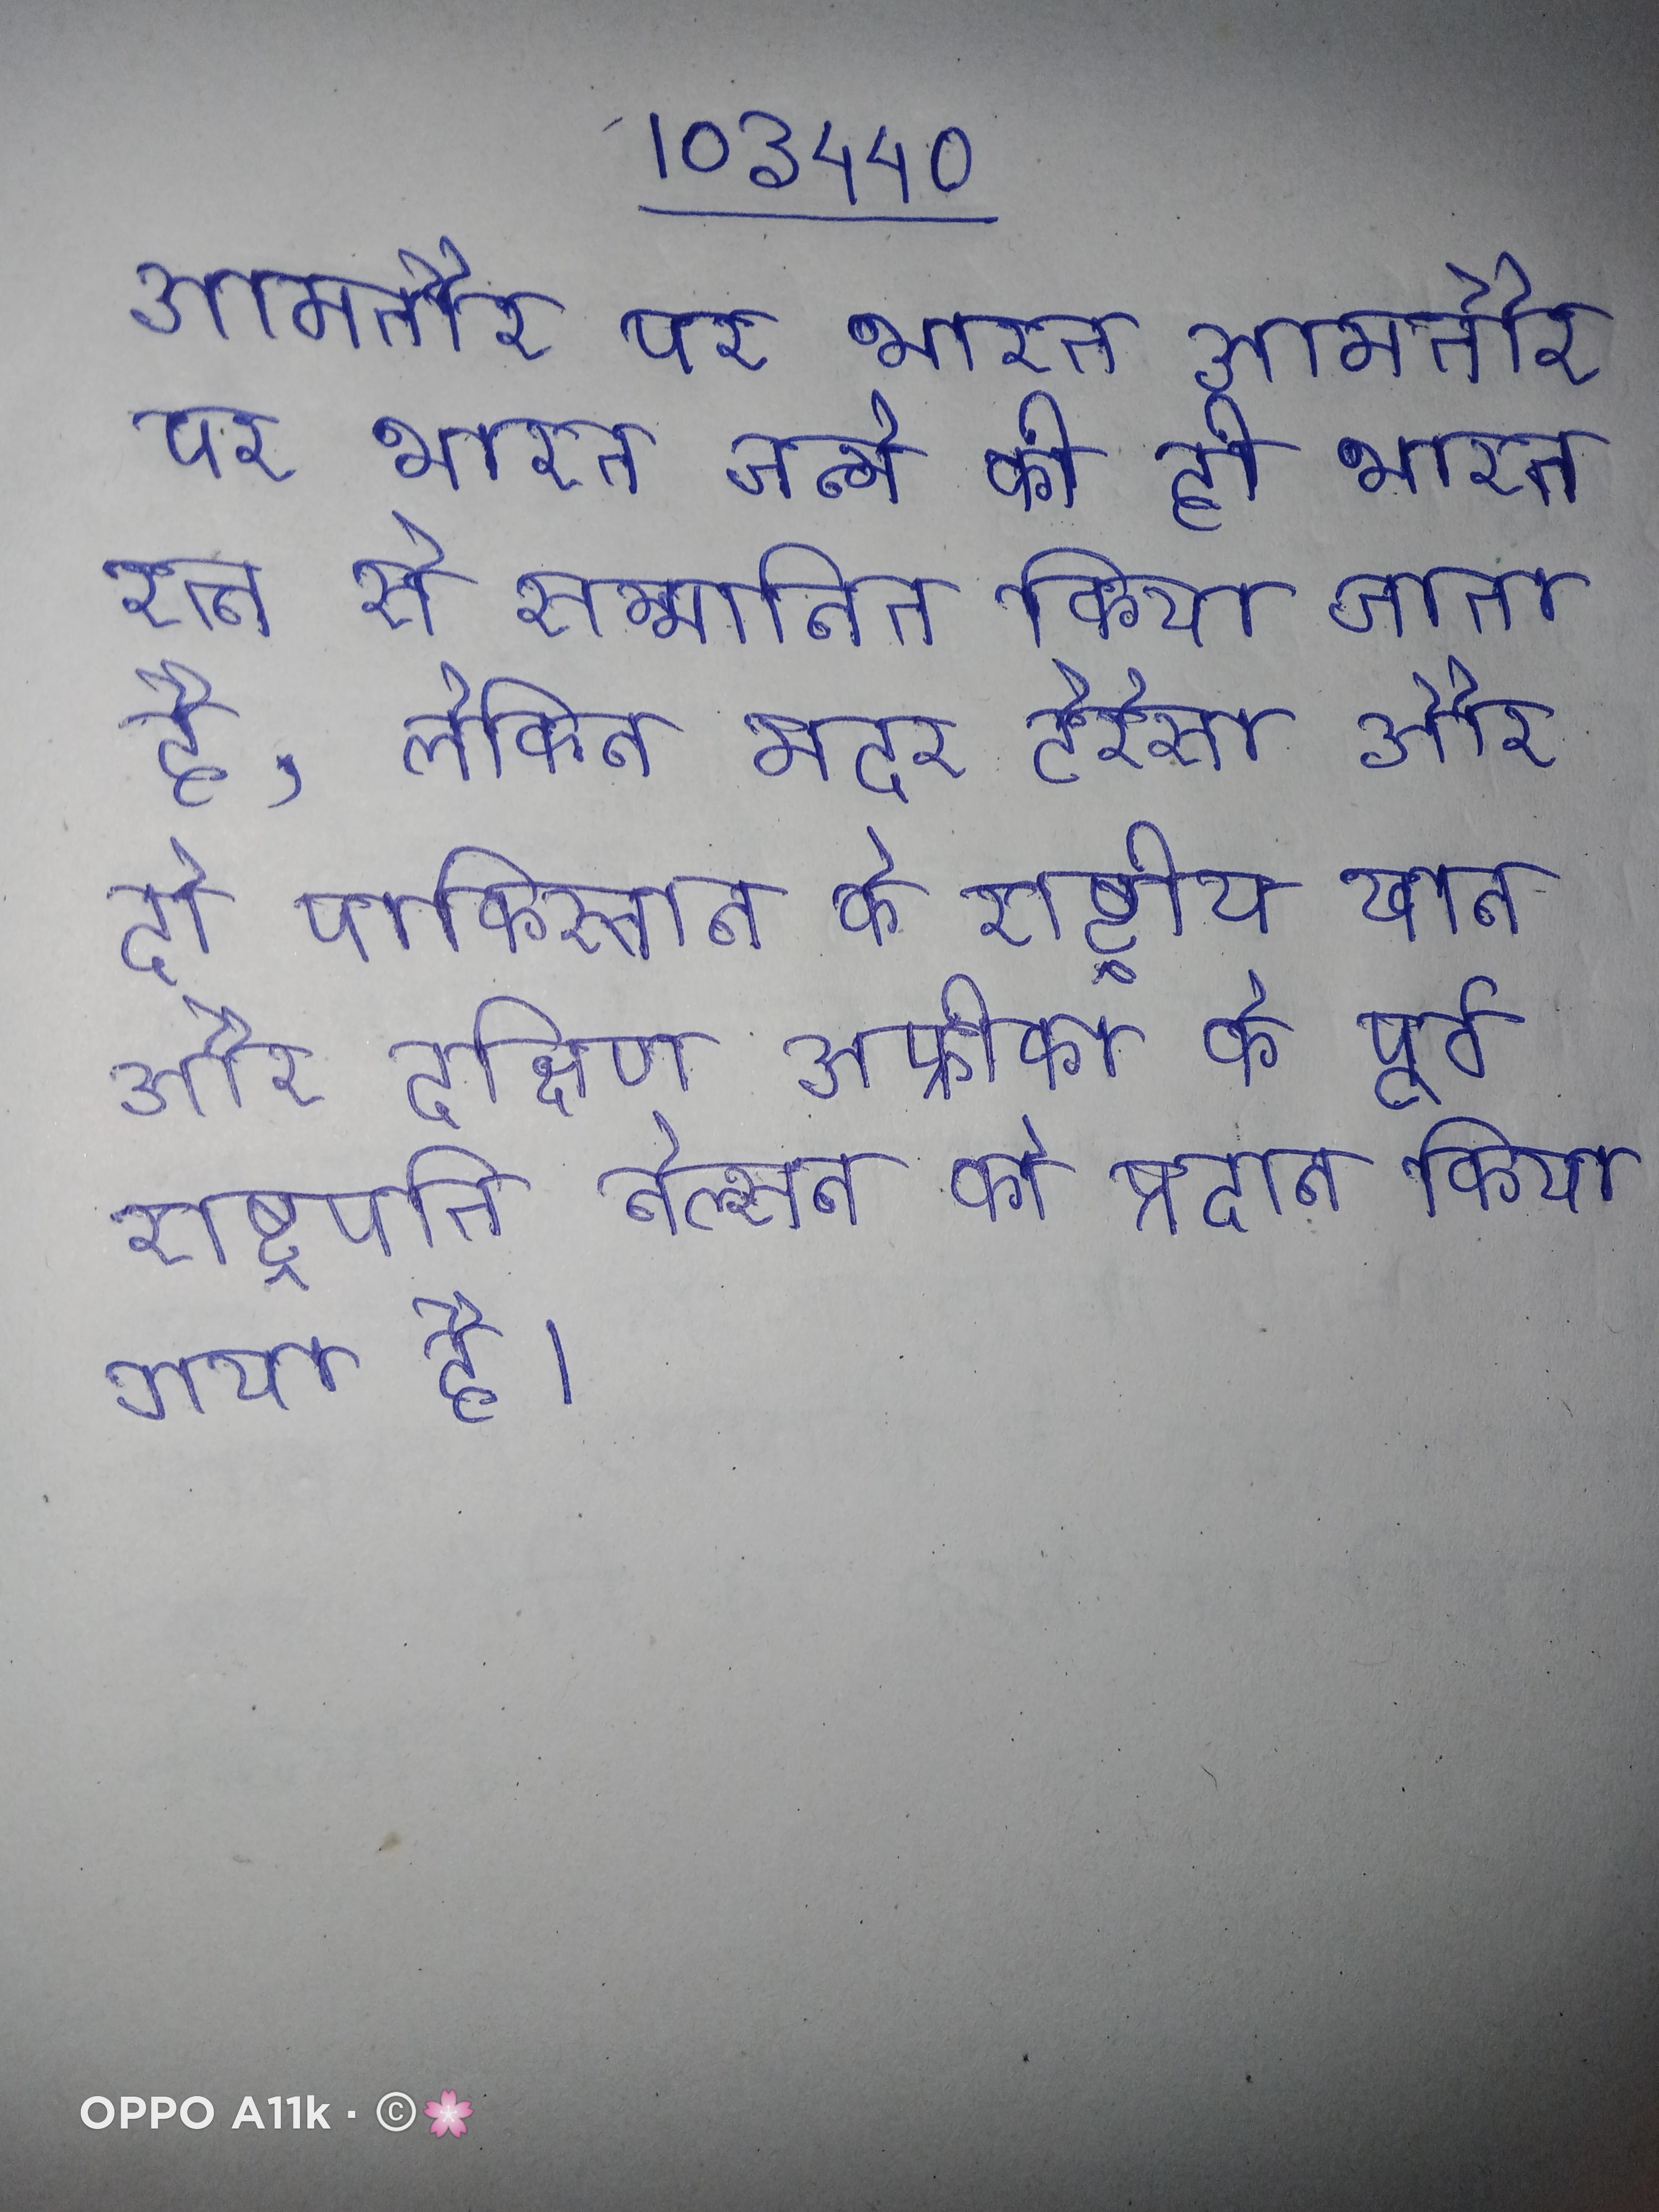
आमतौर पर भारत आमतौर पर भारत जन्मे को ही भारत रत्न से सम्मानित किया जाता है, लेकिन मदर टेरेसा और दो पाकिस्तान के राष्ट्रीय खान अब्दुल गफ्फार खान और दक्षिण अफ्रीका के पूर्व राष्ट्रपति नेल्सन को प्रदान किया गया है ।